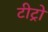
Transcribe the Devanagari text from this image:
टीट्रो